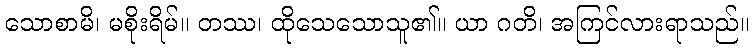
သောစာမိ၊ မစိုးရိမ်။ တဿ၊ ထိုသေသောသူ၏။ ယာ ဂတိ၊ အကြင်လားရာသည်။